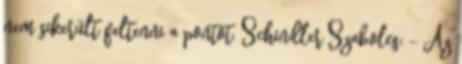
nem sikerült feltenni a pontot. Schindler Szabolcs: – Az